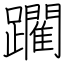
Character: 躙